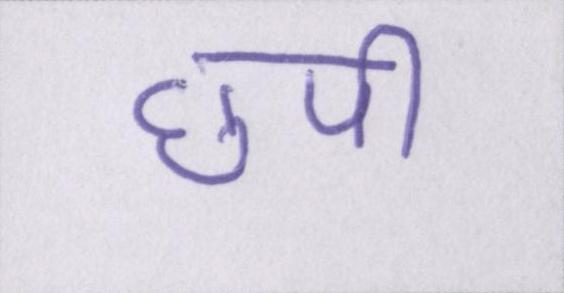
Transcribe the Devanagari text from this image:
छपी